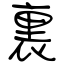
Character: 裏